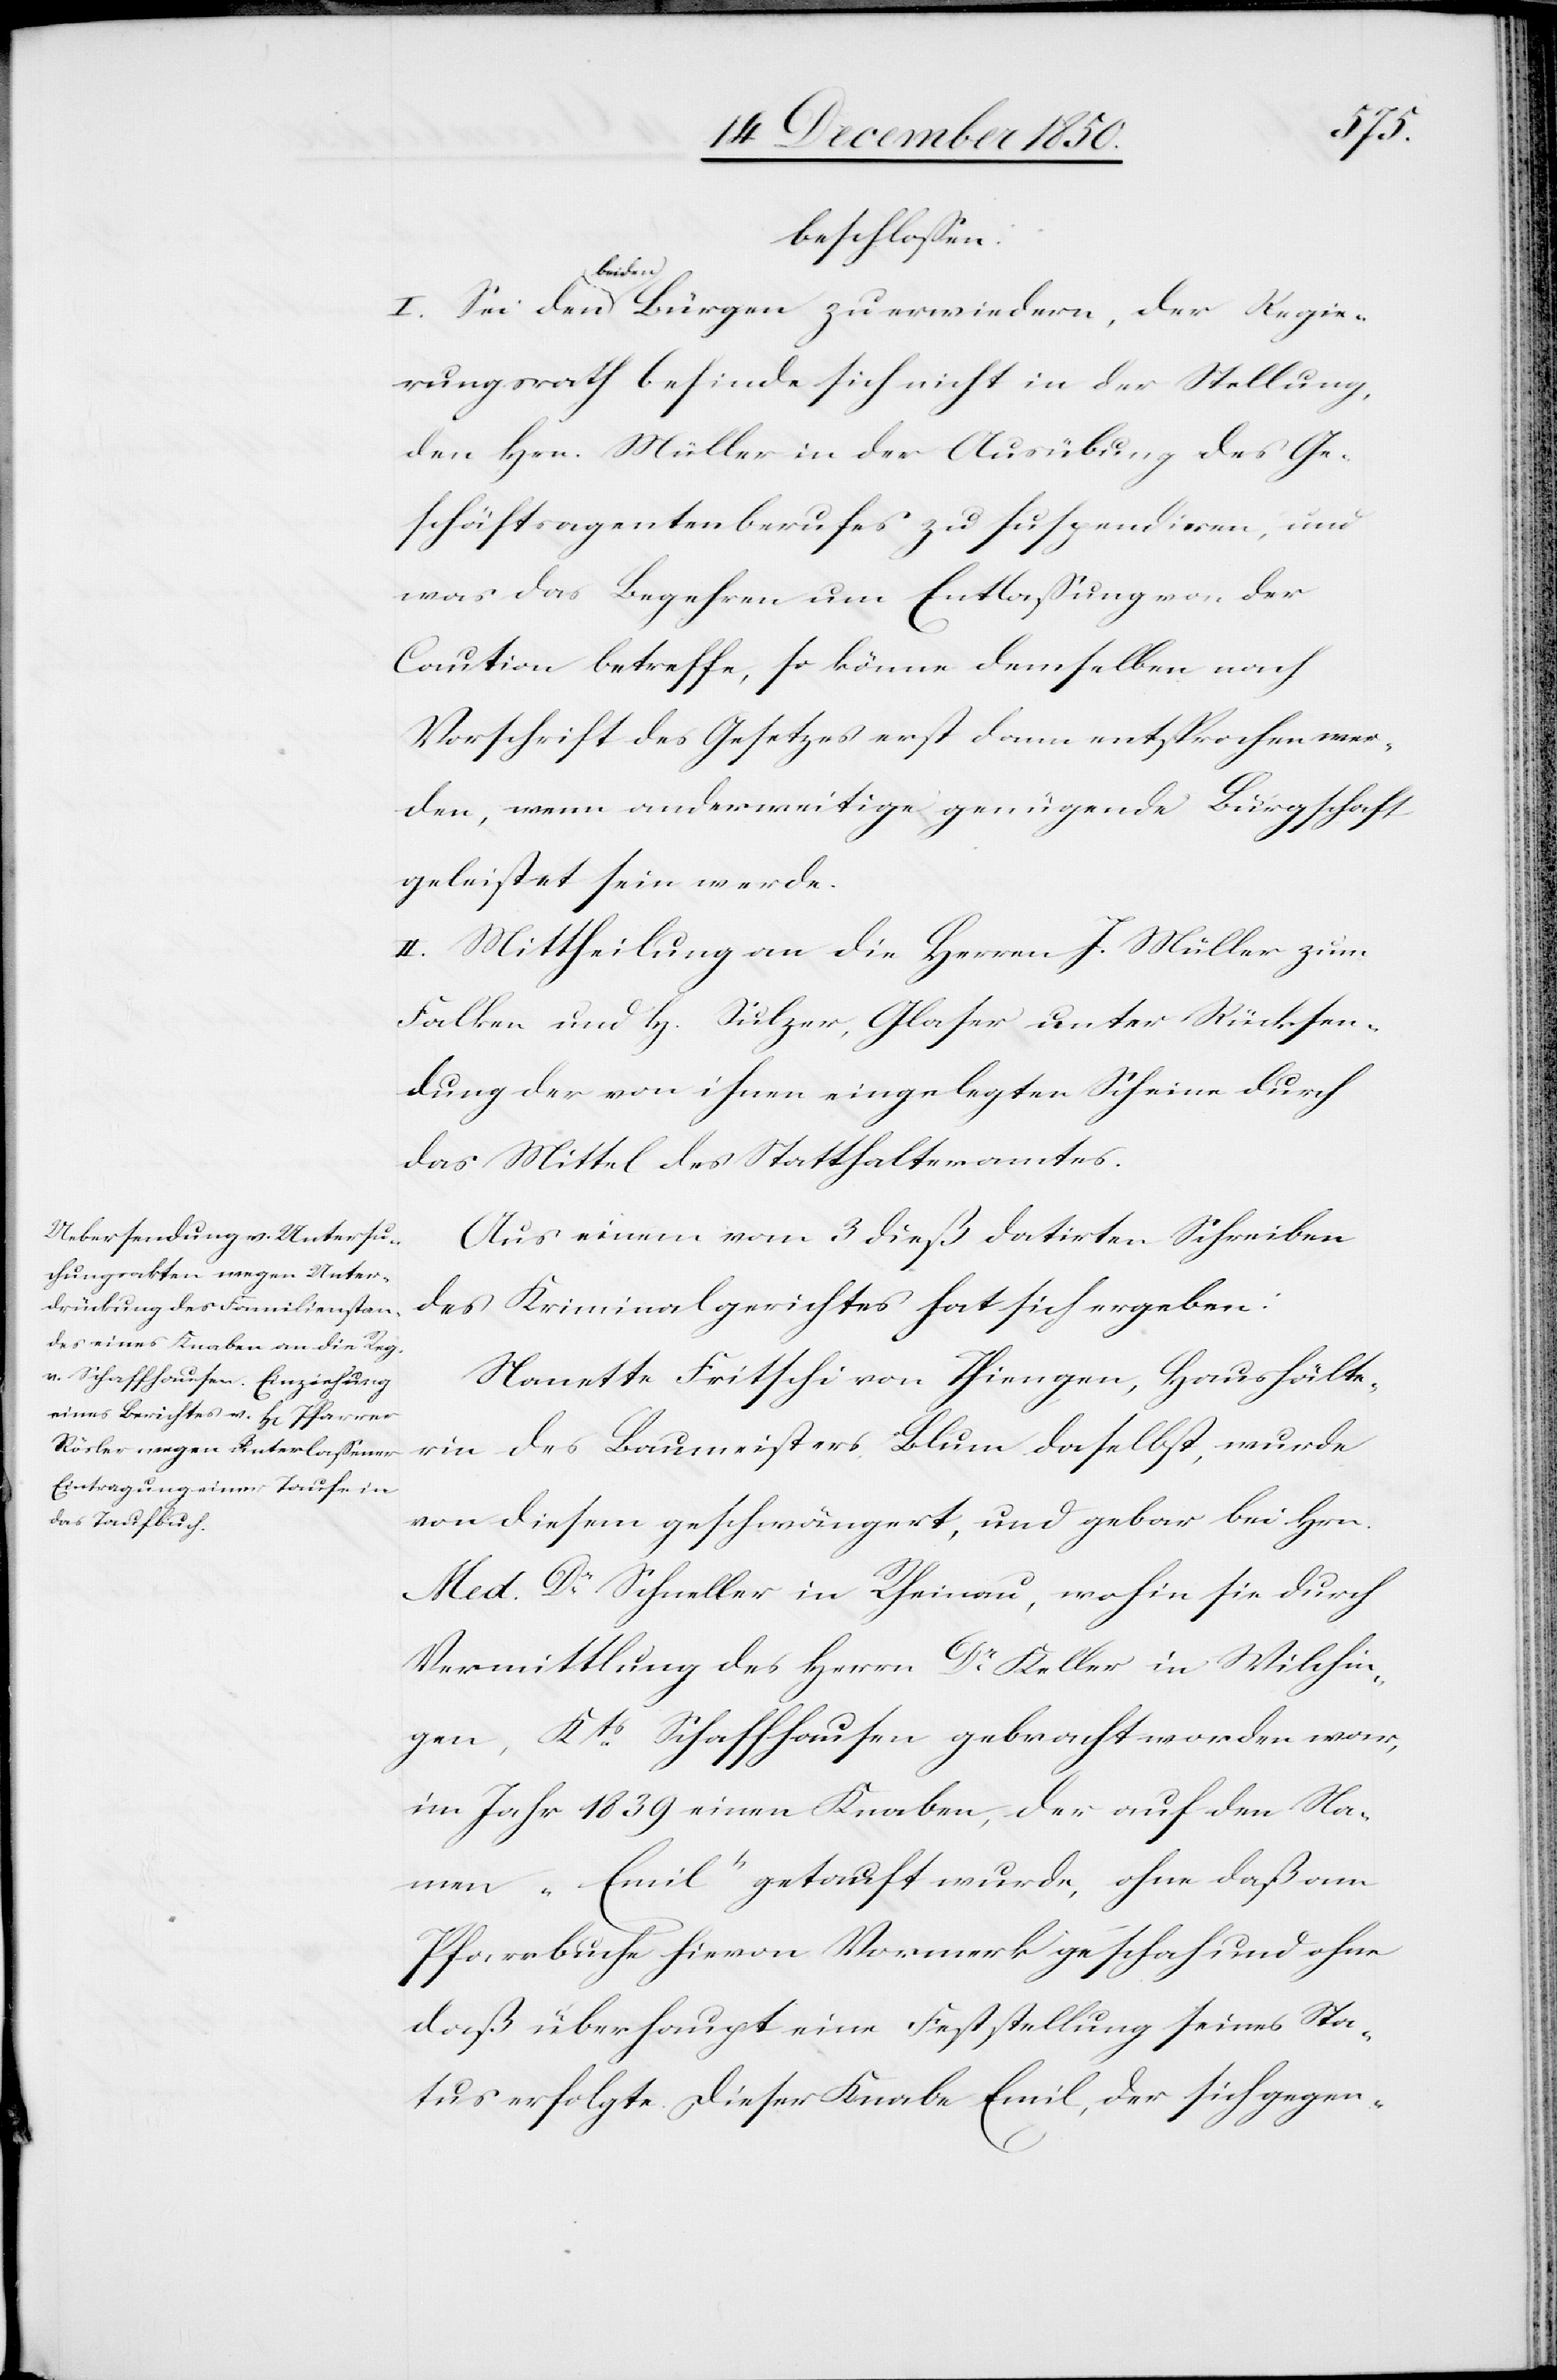
beschlossen:
I. Sei den beiden Bürgen zu erwiedern, der Regie¬
rungsrath befinde sich nicht in der Stellung,
den Hrn. Müller in der Ausübung des Ge¬
schäftsagentenberufes zu suspendiren, und
was das Begehren um Entlassung von der
Caution betreffe, so könne demselben nach
Vorschrift des Gesetzes erst dann entsprochen wer¬
den, wenn anderweitige genügende Bürgschaft
geleistet sein werde.
II. Mittheilung an die Herren J. Müller zum
Falken und H. Sulzer, Glaser unter Rücksen¬
dung der von ihnen eingelegten Scheine durch
das Mittel des Statthalteramtes.
Aus einem vom 3 dieß datirten Schreiben
des Kriminalgerichtes hat sich ergeben:
Nanette Fritschi von Thiengen, Haushälte¬
rin des Baumeisters Blum daselbst, wurde
von diesem geschwängert, und gebar bei Hrn.
Med. Dr Schneller in Rheinau, wohin sie durch
Vermittlung des Herrn Dr Keller in Wilchin¬
gen, Kts Schaffhausen gebracht worden war,
im Jahr 1839 einen Knaben, der auf den Na¬
men „Emil“ getauft wurde, ohne daß am
Pfarrbuche hievon Vormerk geschah und ohne
daß überhaupt eine Feststellung seines Sta¬
tus erfolgte. Dieser Knabe Emil, der sich gegen-